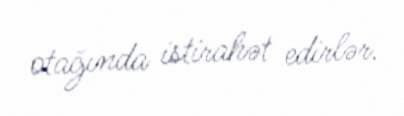
otağında istirahət edirlər.